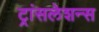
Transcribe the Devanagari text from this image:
ट्रांसलेशन्स